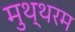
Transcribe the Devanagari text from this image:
मुथ्थरम